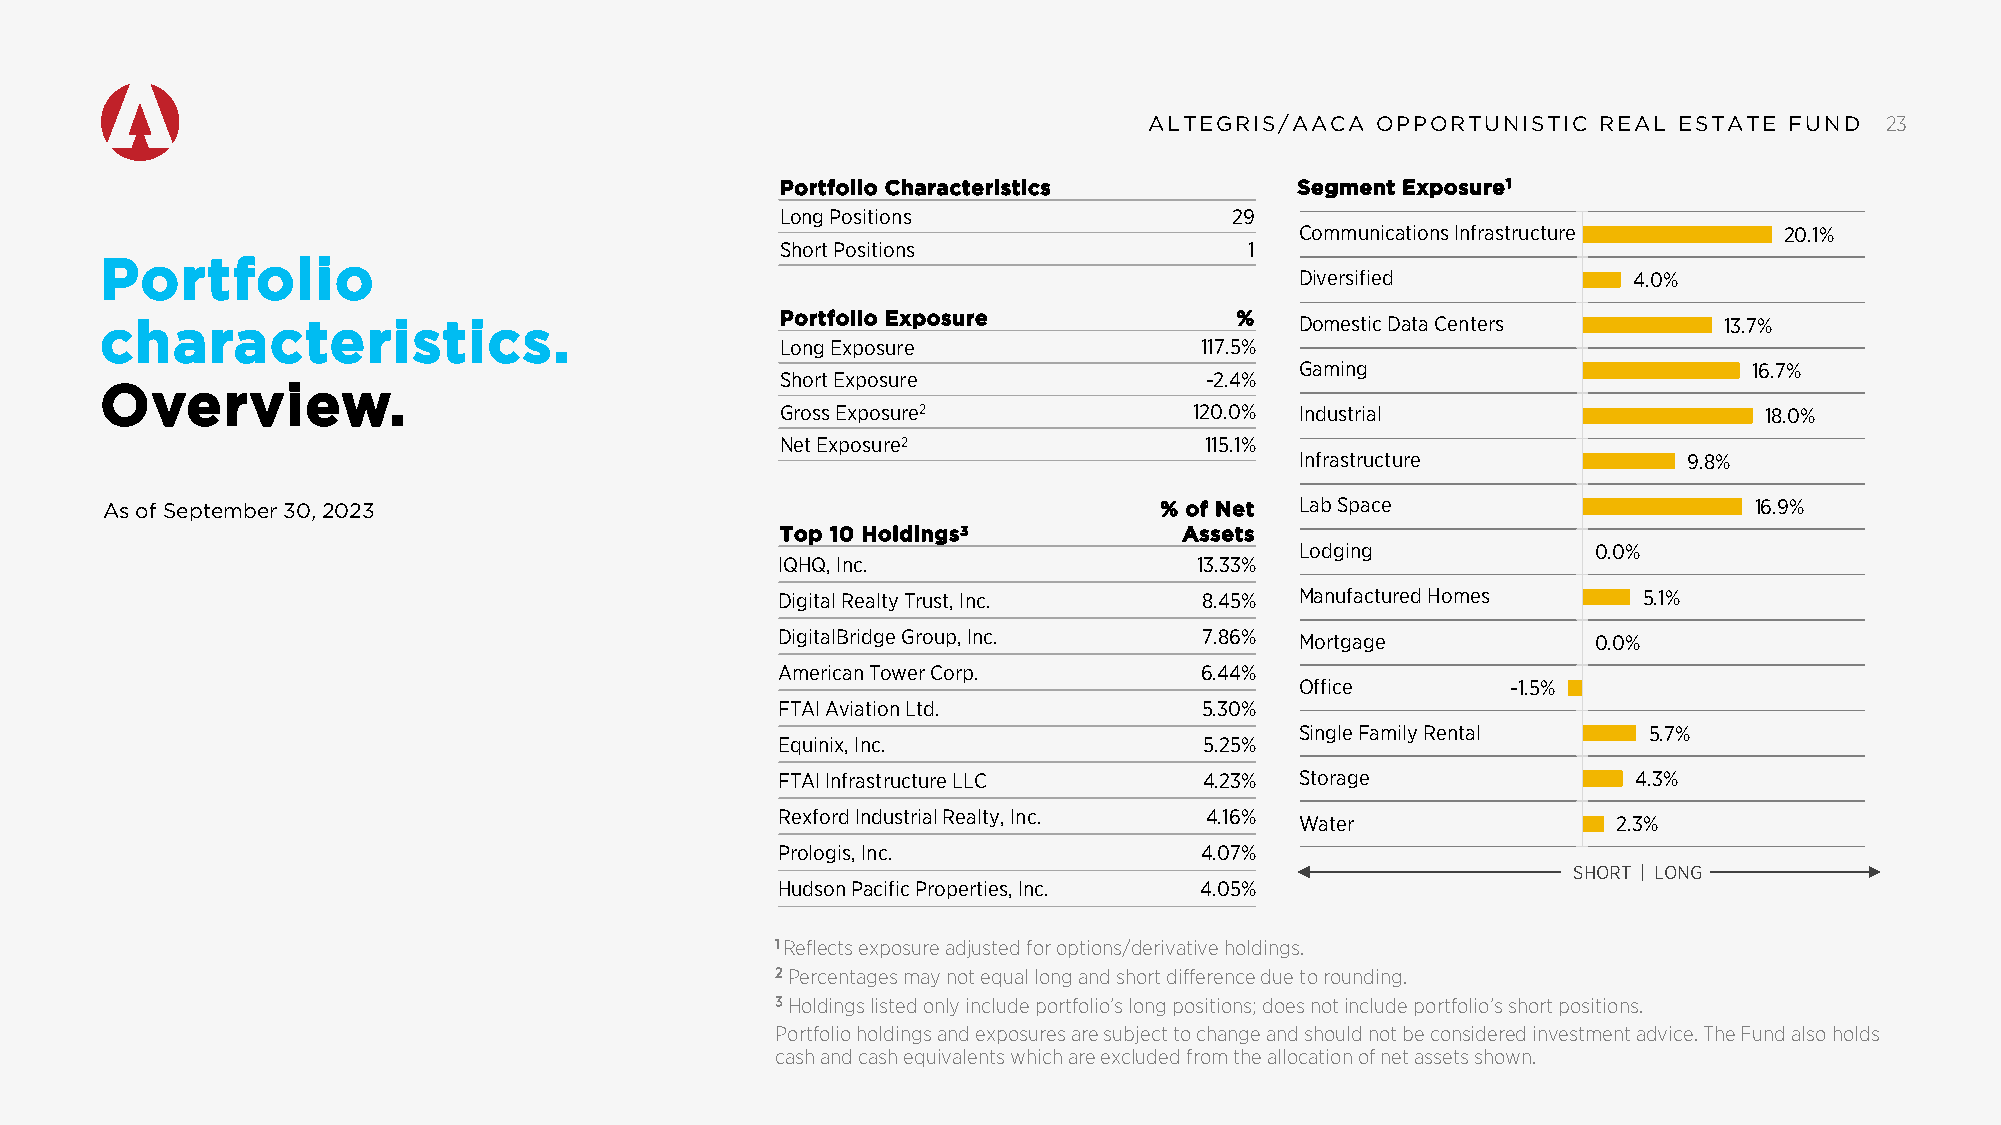
AALLTTEEGGRRIISS//AAAACCAA OOPPPPOORRTTUUNNIISSTTIICC RREEAALL EESSTTAATTEE FFUUNNDD 23
 Portfolio Characteristics         Segment Exposure1
 Long Positions                29
 Communications Infrastructure   20.1%
 Short Positions                1
 Portfolio
 Diversified           4.0%
 characteristics.                             Portfolio Exposure            %   Domestic Data Centers       13.7%
 Long Exposure              117.5%
 Gaming                        16.7%
 Short Exposure              -2.4%
 Overview.
 Gross Exposure2            120.0% Industrial                     18.0%
 Net Exposure2               115.1%
 Infrastructure            9.8%
 As of September 30, 2023                                              % of Net Lab Space                     16.9%
 Top 10 Holdings3          Assets
 Lodging             0.0%
 IQHQ, Inc.                 13.33%
 Digital Realty Trust, Inc.  8.45% Manufactured Homes     5.1%
 DigitalBridge Group, Inc.   7.86% Mortgage            0.0%
 American Tower Corp.       6.44%
 Office        -1.5%
 FTAI Aviation Ltd.          5.30%
 Single Family Rental   5.7%
 Equinix, Inc.               5.25%
 FTAI Infrastructure LLC     4.23% Storage               4.3%
 Rexford Industrial Realty, Inc. 4.16%
 Water                2.3%
 Prologis, Inc.             4.07%
 SHORT | LONG
 Hudson Pacific Properties, Inc. 4.05%
 1 Reflects exposure adjusted for options/derivative holdings.
 2 Percentages may not equal long and short difference due to rounding.
 3 Holdings listed only include portfolio’s long positions; does not include portfolio’s short positions.
 Portfolio holdings and exposures are subject to change and should not be considered investment advice. The Fund also holds
 cash and cash equivalents which are excluded from the allocation of net assets shown.